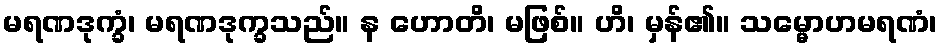
မရဏဒုက္ခံ၊ မရဏဒုက္ခသည်။ န ဟောတိ၊ မဖြစ်။ ဟိ၊ မှန်၏။ သမ္မောဟမရဏံ၊